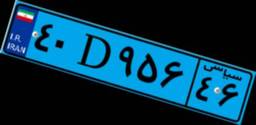
۴۰D۹۵۶۴۶